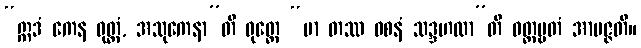
“ဣဒံ ကေန ဝုတ္တံ, အသုကေနာ”တိ ဝုတ္တေ “မာ တဿ ဝစနံ သဒ္ဒဟထာ”တိ ဝတ္တဗ္ဗတံ အာပဇ္ဇတိ။